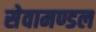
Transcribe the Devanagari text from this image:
सेवामण्डल